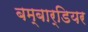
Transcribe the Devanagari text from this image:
बम्बार्डियर